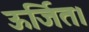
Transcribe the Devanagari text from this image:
ऊर्जित।